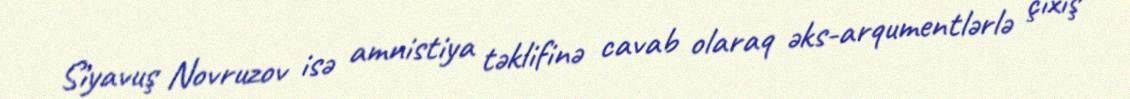
Siyavuş Novruzov isə amnistiya təklifinə cavab olaraq əks-arqumentlərlə çıxış